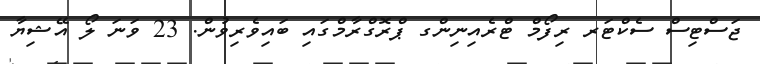
ޖަސްޓިސް ސެކްޓަރ ރިފޯމް ޓްރެއިނިންގ ޕްރޮގްރާމްގައި ބައިވެރިވުން. 23 ވަނަ ލޯ އޭޝިޔާ